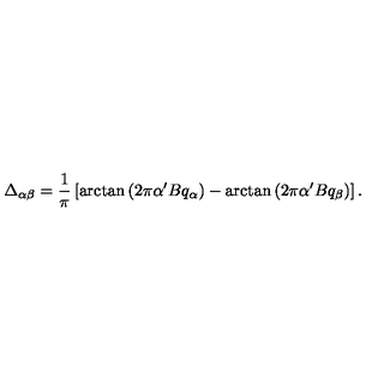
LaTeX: \Delta _ { \alpha \beta } = { \frac { 1 } { \pi } } \left[ \arctan \left( 2 \pi \alpha ^ { \prime } B q _ { \alpha } \right) - \arctan \left( 2 \pi \alpha ^ { \prime } B q _ { \beta } \right) \right] .